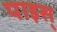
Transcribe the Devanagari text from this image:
पाइस्